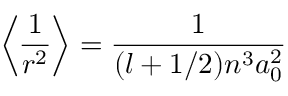
\left\langle { \frac { 1 } { r ^ { 2 } } } \right\rangle = { \frac { 1 } { ( l + 1 / 2 ) n ^ { 3 } a _ { 0 } ^ { 2 } } }